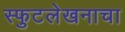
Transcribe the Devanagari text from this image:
स्फुटलेखनाचा